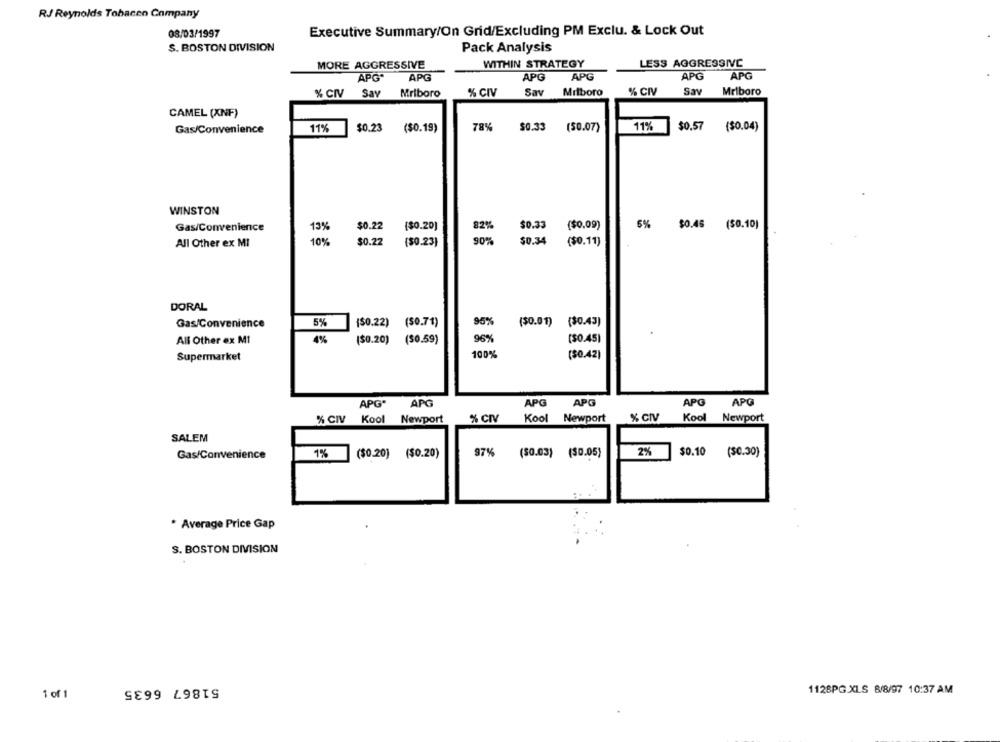
RJ Reynolds Tobacco Company
08/03/1997
Executive Summary/On Grid/Excluding PM Exclu. & Lock Out
S. BOSTON DIVISION
Pack Analysis
MORE AGGRESSIVE
WITHIN STRATEGY
LESS AGGRESSIVC
APG
APG
APG*
APG
APG
APG
% CIV
Say
Mriboro
% CIV
Sav
Milboro
% CIV
Sav
Mriboro
CAMEL (XNF)
78%
11%
$0.57 ($0.04)
Gas/Convenience
11%
$0.23
($0.19)
$0.33 (50.07)
WINSTON
6%
Gas/Convenience
13%
$0.22
($0.20]
82%
$0.33
($0,09)
$0.45
($0.10)
All Other ex MI
10%
$0.22
($0.23)
90%
$0.34
($0.11)
DORAL
Gas/Convenience
5%
{$0.22) ($0.71)
95%
($0.01) ($0.43)
All Other ex M1
4%
($0.20) ($0.59)
96%
($0.45)
Supermarket
100%
($0.42)
APO
APG*
APG
APG
APG
APG
% CIV
Kool
Newport
% CIV
Kool
Newport
% CIV
Kool
Newport
SALEM
97%
($0.03) ($0.05)
2%
$0.10
(50.30)
Gas/Convenience
1%
($0.20) ($0.20)
* Average Price Gap
S. BOSTON DIVISION
51867 6635
1128PG.XLS 8/8/97 10:37 AM
1 of 1